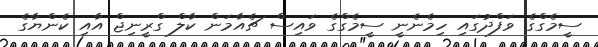
ސީމެގްގެ ވަފްދުގައި ހިމެނެނީ ސީމެގްގެ ވައިސް ޗެއާމަން ކާލް ގްރީނިޖް އާއި ކެންޔާގެ